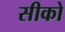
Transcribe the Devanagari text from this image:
सीको